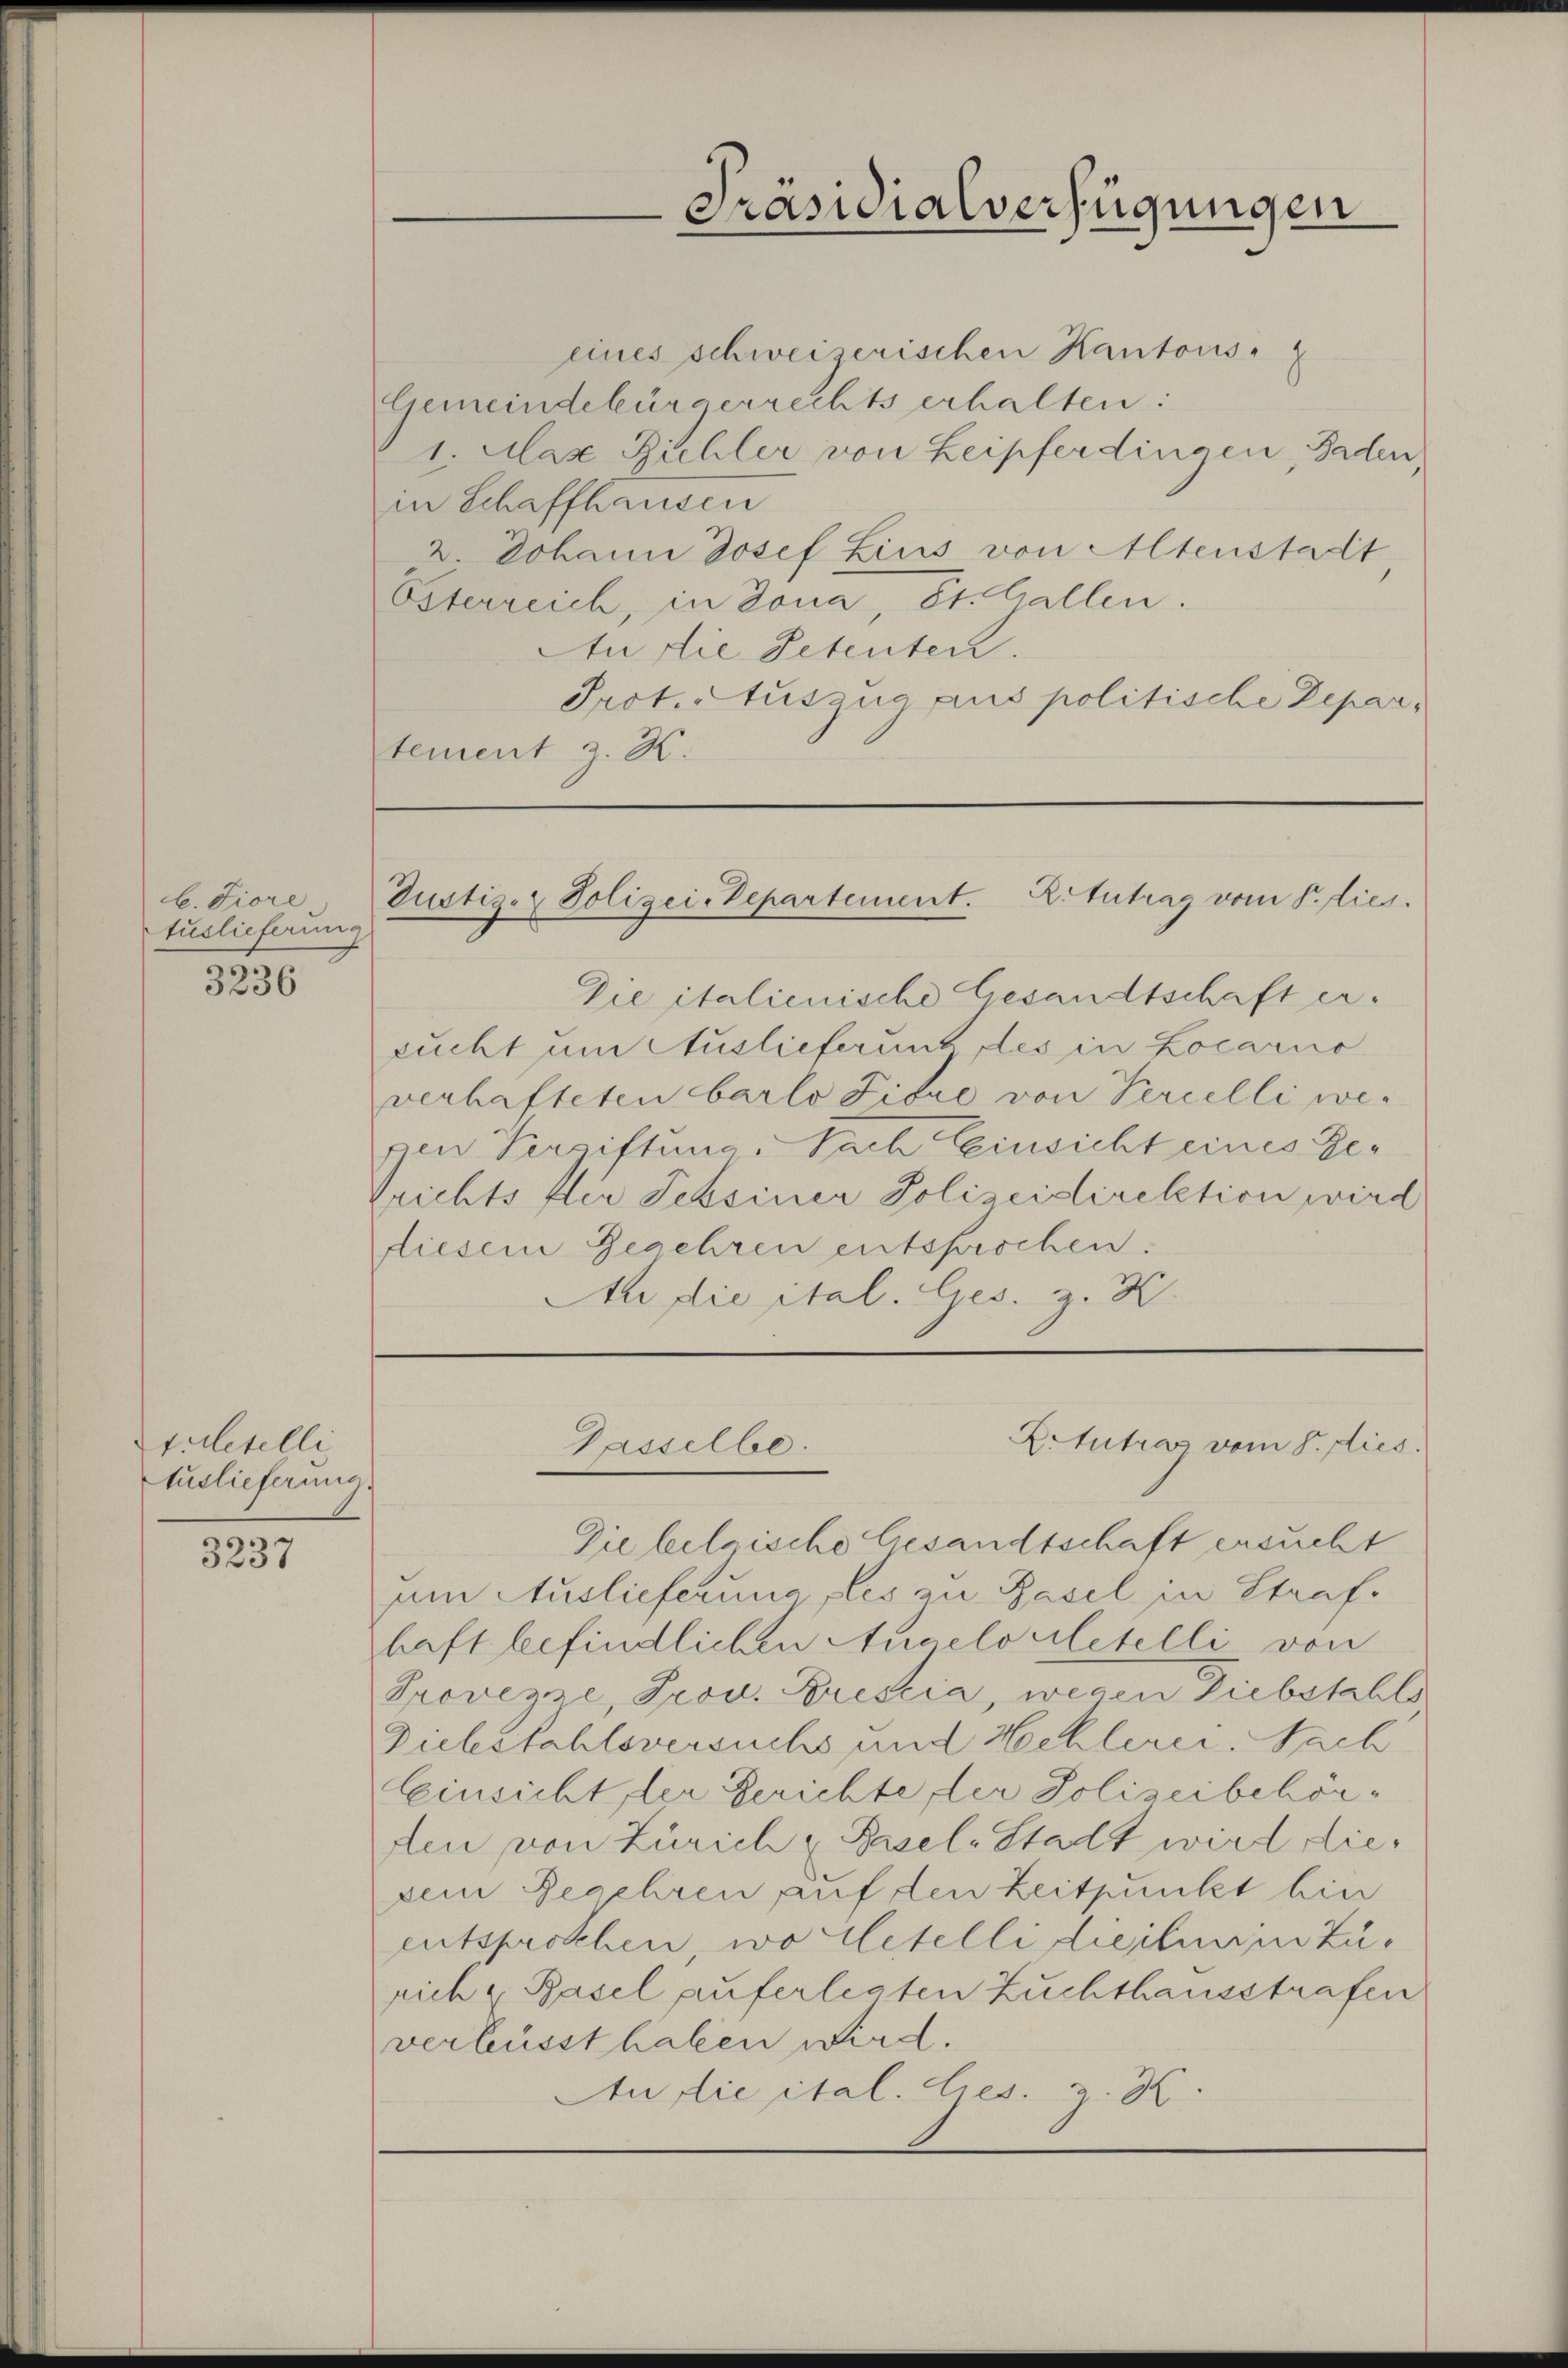
l. Fiore
Auslieferung

3236

Stilletelli
tuslieferung

3237

eines schweizerischen Kantons
Gemeindebürgerrechts erhalten:
1. Max Zichler von Leipferdingen, Baden,
in Schaffhausen
2 Johann Josef Zins von Altenstadt
Österreich, in Jona, St. Gallen.
An die Petenten.
Protectusua puis politische Departement z. K.

Präsidialverfügungen

Tustiz- & Polizei-Departement. Antrag vom 8. dies

Die italienische Gesandtschaft erzucht um Auslieferunt des in Locario
verhafteten barlo Titre von Percelli wegen Vergiftung. Nach Einsicht eines Ge¬
Reichts flie Tessiner Polizeidirektion wird
fiesem Geschren entsprochen.
An die ital. Ges. z. K

Zitutres vom 8. dies
Gasselbe.

Die belgische Gesandtschaft ersucht
am Auslieferung des zu Basel in Strafhaft befindlichen Angelopletelli von
Provezze, Prov. Fristia, wegen Diebstahls
Substahlsversuchs und Hochlerei. Nach
Einsicht der Gerichte der Polizeibehörden von Zürich Basel-Stadt wird diedem Begehren auf den Zeitpunkt bin
entsprochen, wo stelli dreitum zurich & Basel auferlegten Zuchthausstrafen
verlässt haben wird.
An die ital. Ges. z. B.